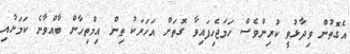
އެގޮތުން ވިދާޅުވީ ކުރިންވެސް ހަމަޖެހިފައިވާ ގޮތަށް އަހަރަކު ތިން އިމްތިހާން ބާއްވާނެ ކަމަށާއި